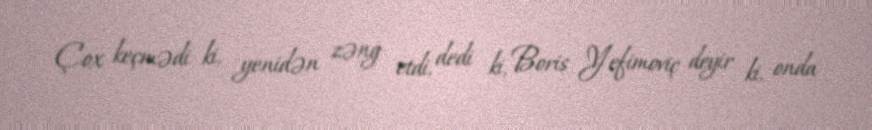
Çox keçmədi ki, yenidən zəng etdi, dedi ki, Boris Yefimoviç deyir ki, onda